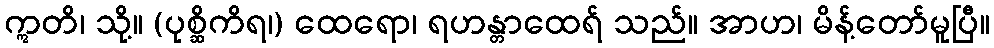
ဣတိ၊ သို့။ (ပုစ္ဆိကိရ၊) ထေရော၊ ရဟန္တာထေရ် သည်။ အာဟ၊ မိန့်တော်မူပြီ။